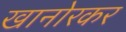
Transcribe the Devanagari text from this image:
खानोरकर